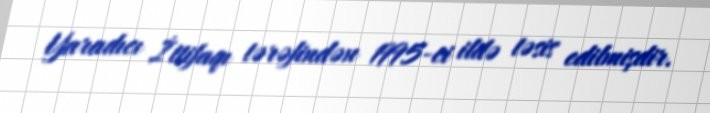
Yaradıcı İttifaqı tərəfindən 1995-ci ildə təsis edilmişdir.